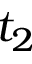
t _ { 2 }